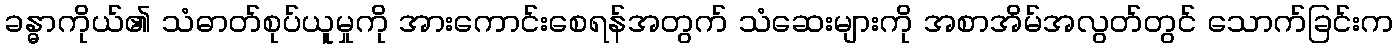
ခန္ဓာကိုယ်၏ သံဓာတ်စုပ်ယူမှုကို အားကောင်းစေရန်အတွက် သံဆေးများကို အစာအိမ်အလွတ်တွင် သောက်ခြင်းက